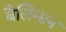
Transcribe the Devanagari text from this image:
बैलिन्सन